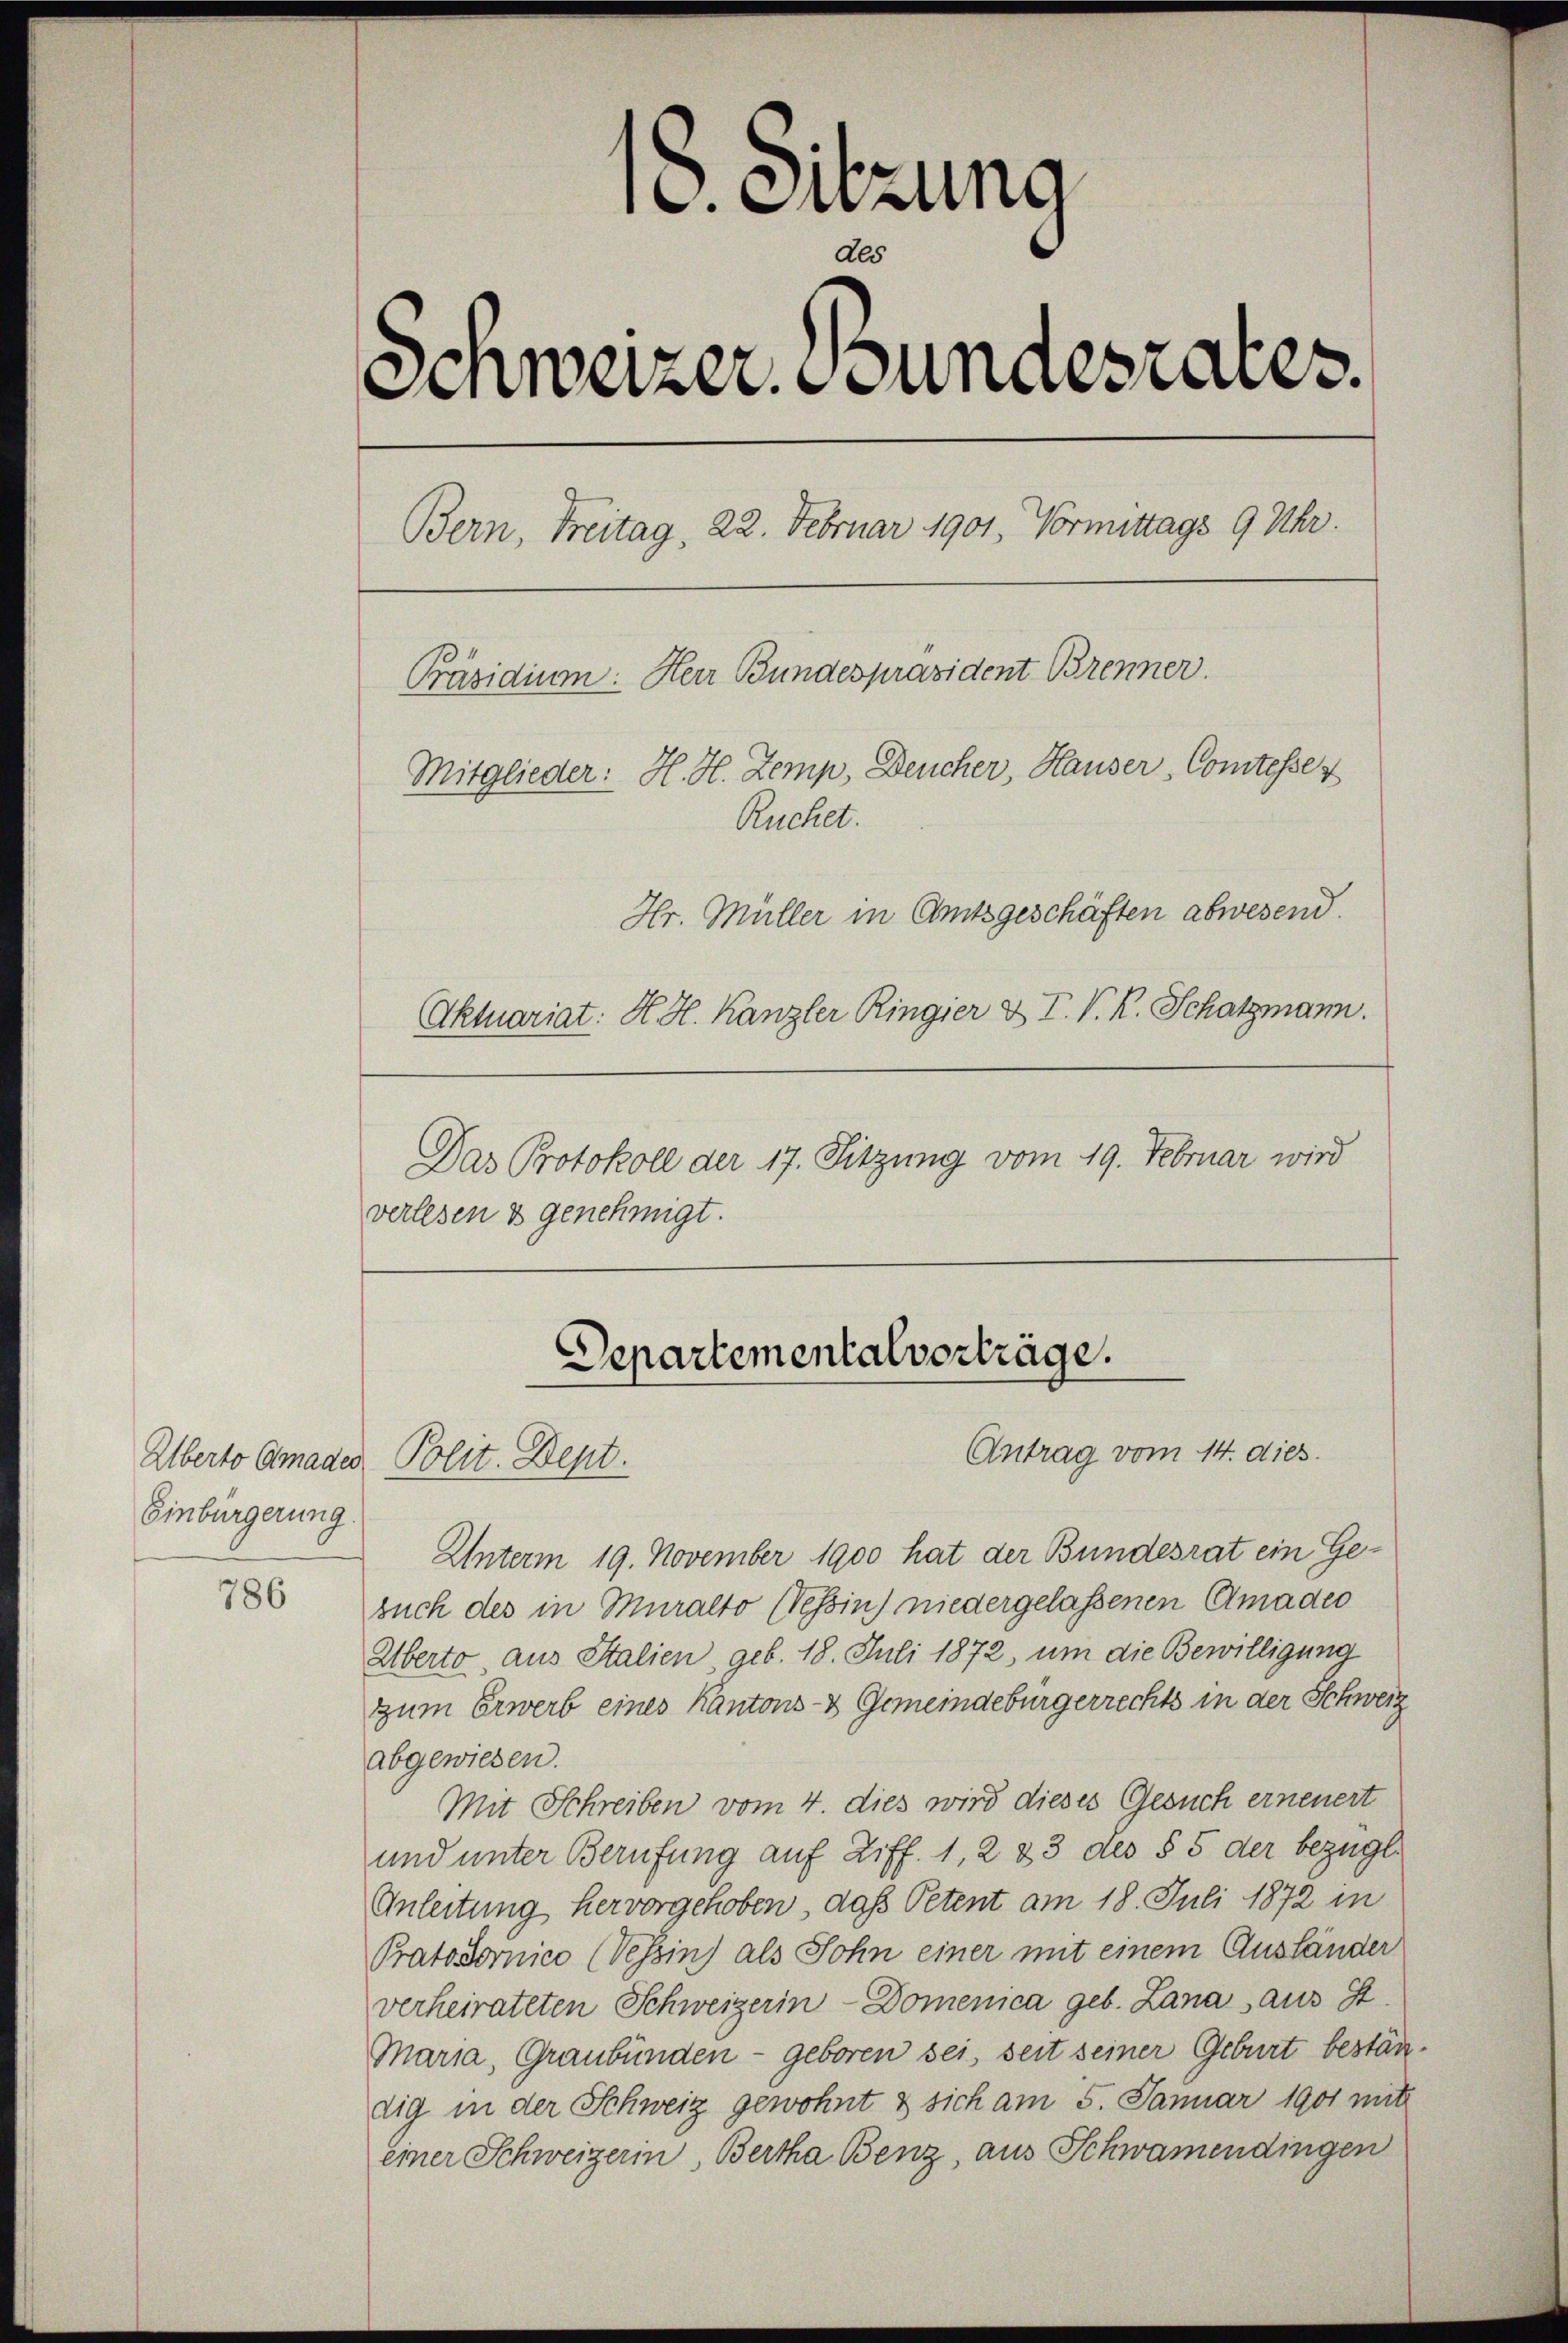
786

18. Sitzung
de
Schweizer. Bundesrates.
Bern, Freitag, 22. Februar 1901, Vormittags 9 Uhr.
Präsidium. Herr Bundespräsident Brenner
Mitglieder: H. H. Zemp, Deucher, Hauser Comtesser
Ruchet.
Hr. Müller in Amtsgeschäften abwesend.
Aktuariat: H. H. Kanzler Ringier & V. P. R. Schatzmann.

Alberto Amades Polit. Dept.
Einbürgerung.

Das Protokoll der 17. Sitzung vom 19. Februar wird
verlesen & genehmigt.

Departementalverträge.
Antrag vom 14. dies

Unterm 19. November 1900 hat der Bundesrat ein Gebuch des in Muralto Nessin niedergelassenen Amadeo
Überto, aus Stalien, geb. 18. Juli 1872, um die Bewilligung
zum Erwerb eines Kantons- & Gemeindebürgerrechts in der Schweiz
abgewiesen.
Mit Schreiben vom 4. dies wird dieses Gesuch erneuert
und unter Berufung auf Ziff. 1, 2 23 des § 5 der bezügl.
Anleitung hervorgehoben, daß Petent am 18. Juli 1872 in
Pratodornico (Vessin) als Sohn einer mit einem Ausländer
verheirateten Schweizerin-Domenica geb. Lana aus St.
Maria, Graubünden - geboren sei, seit seiner Geburt beständig in der Schweiz gewohnt & sich am 5. Januar 1901 mit
einer Schweizerin, Bertha Benz, aus Schwamendingen